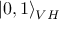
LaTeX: | 0 , 1 \rangle _ { V H }